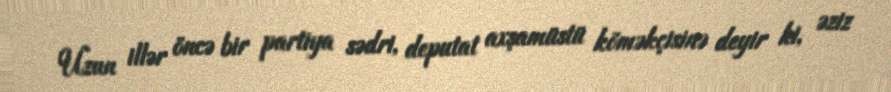
Uzun illər öncə bir partiya sədri, deputat axşamüstü köməkçisinə deyir ki, əziz